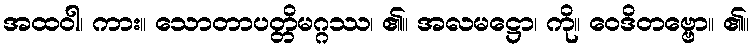
အထဝါ၊ ကား။ သောတာပတ္တိမဂ္ဂဿ၊ ၏။ အလမဋ္ဌော၊ ကို။ ဝေဒိတဗ္ဗော။ ၏။